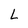
Character: L